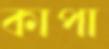
কাপা